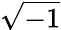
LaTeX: \sqrt{-1}